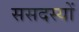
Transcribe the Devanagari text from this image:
ससदस्यों